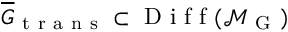
\overline { { G } } _ { \mathrm { ~ t ~ r ~ a ~ n ~ s ~ } } \subset \mathrm { ~ D ~ i ~ f ~ f ~ } ( \mathcal { M } _ { \mathrm { ~ G ~ } } )